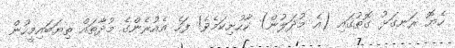
ހެޔޮ ރަނގަޅު ގޮތުގައި (އެ މުދަލުން) ކާހުށިކަމެވެ! ފަހެ އެއުރެންގެ މުދާތައް ތިޔަބައިމީހުން